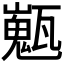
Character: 𤮞